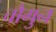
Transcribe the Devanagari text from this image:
चौगुन